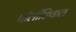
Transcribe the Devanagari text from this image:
पॉलीटिकल